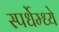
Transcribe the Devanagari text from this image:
स्पर्धेम्ध्ये